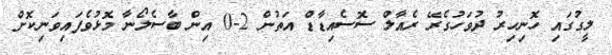
ލީގުގައި ހޮނިހިރު ދުވަހުގެރޭ ރެއާލް ސޮސެއިޑާޑް އަތުން 2-0 އިން ބާސެލޯނާ މޮޅުވެފައިވަނިކޮށް